Bulletin of the Pasteur Institute of Southern India, Coonoor - No. 3.
Year: 1910
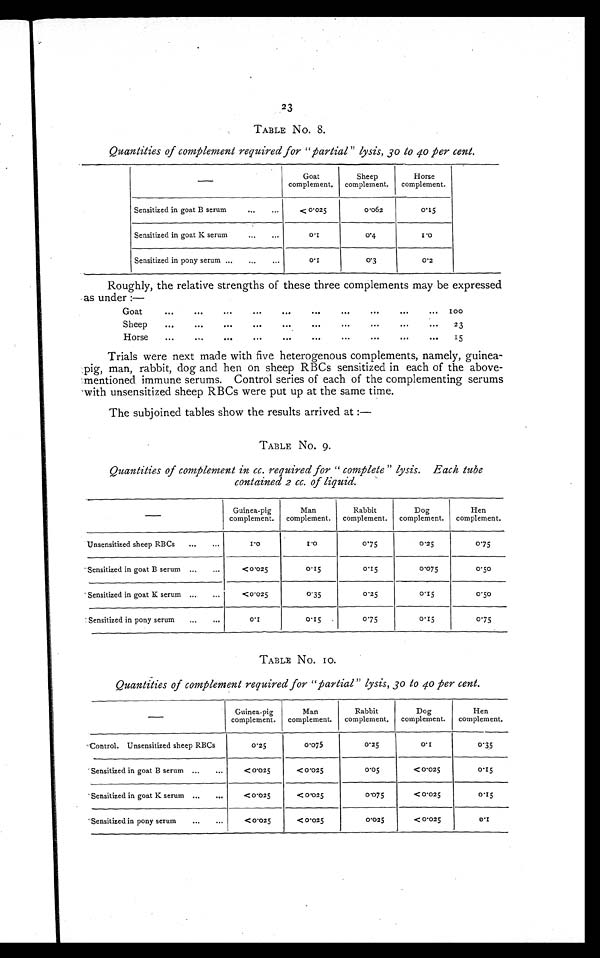
23
TABLE No. 8.
Quantities of complement required for " partial " lysis, 3o to 40 per cent.
Goat
complement.
Sheep
complement.
Horse
complement.
Sensitized in goat B serum
...
...
< 0.025
0.062
0.15
Sensitized in goat K serum
. . .
...
0.1
0 . 4
I.0
Sensitized in pony serum ...
...
...
0.1
0.3
0.2
Roughly the relative strengths of these three complements may be expressed
,
as under :-
Goat
. . .
Sheep...
Horse
...
. . .
. . .
. . .
. . .
. . .
. . .
. . .
. . .
. . .
. . .
. . .
...
...
. . .
. . .
. . .
. . .
. . .
...
. . .
...
. . .
. . .
. . .
...
...
...
1 5
23
1 5
Trials were next made with five heterogenous complements, namely, guinea-
pig, man, rabbit, dog and hen on sheep RBCs sensitized in each of the above-
mentioned immune serums. Control series of each of the complementing serums
with unsensitized sheep RBCs were put up at the same time.
The subjoined tables show the results arrived at :—
TABLE No. 9.
Quantities of complement in cc. required for " complete" lysis. Each tube
contained 2 cc. of liquid.
Guinea-pig
complement.
Man
complement.
Rabbit
complement.
Dog
complement.
Hen
complement.
Unsensitized sheep RBCs
...
...
1.0
1.0
0.75
0.25
0.75
Sensitized in goat B serum ...
...
<0.025
0.15
0.15
0.075
0.50
Sensitized in goat K serum ...
...
<0.025
0. 35
0.25
0.15
0.50
Sensitized in pony serum
...
...
0.1
o.15
0.75
0.15
0.75
TABLE No. 10.
Quantities of complement required for "partial" lysis, 3o to 40 per cent.
Guinea-pig
complement.
Man
complement.
Rabbit
complement.
Dog
complement.
Hen
complement.
Control. Unsensitized sheep RBCs
o.25
0.075
o.25
0 . 1
0.35
Sensitized in goat B serum ...
...
< 0.025
< O.025
0.05
< 0 .025
0.15
Sensitized in goat K serum ...
...
<0.025
< 0.025
0.075
< 0.025
0.15
Sensitized in pony serum
...
...
< 0.025
< 0.025
0.025
< 0.025
0 . 1